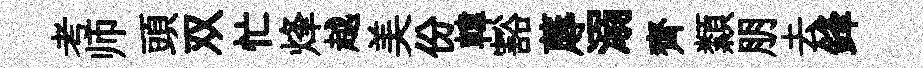
考师頭双忙烽越美份韓豁蓐溺齊纇朋去鋒